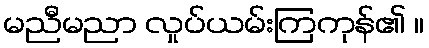
မညီမညာ လှုပ်ယမ်းကြကုန်၏ ။